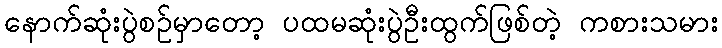
နောက်ဆုံးပွဲစဥ်မှာတော့ ပထမဆုံးပွဲဦးထွက်ဖြစ်တဲ့ ကစားသမား